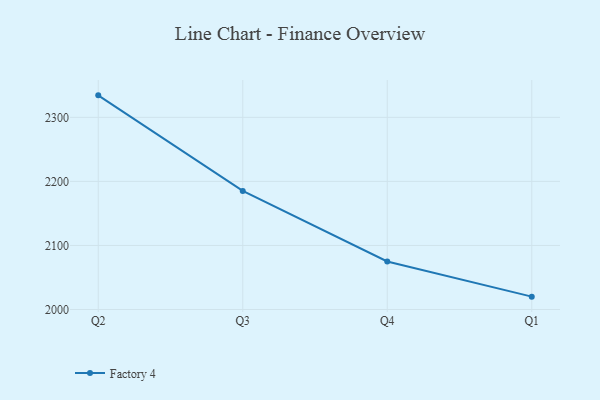
{"axis": {"x": "Quarter", "y": "Revenue (USD Million)"}, "legend": ["Factory 4"], "data": [{"x": "Q2", "y": 2334.3, "type": "Factory 4"}, {"x": "Q3", "y": 2185.1, "type": "Factory 4"}, {"x": "Q4", "y": 2075.0, "type": "Factory 4"}, {"x": "Q1", "y": 2020.1, "type": "Factory 4"}]}